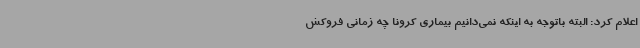
اعلام کرد: البته باتوجه به اینکه نمی‌دانیم بیماری کرونا چه زمانی فروکش